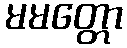
မမတ္တော